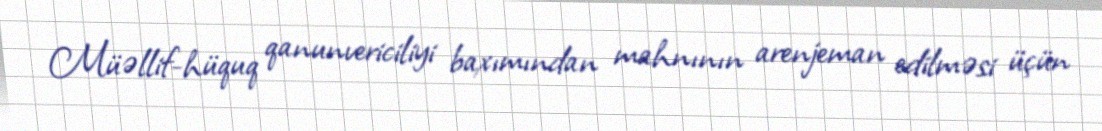
Müəllif-hüquq qanunvericiliyi baxımından mahnının arenjeman edilməsi üçün